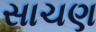
સાચણ